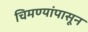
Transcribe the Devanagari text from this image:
चिमण्यांपासून